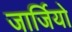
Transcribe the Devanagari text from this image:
जार्जियो